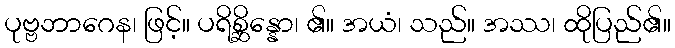
ပုဗ္ဗဘာဂေန၊ ဖြင့်။ ပရိစ္ဆိန္နော၊ ၏။ အယံ၊ သည်။ အဿ၊ ထိုပြည်၏။